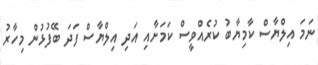
ނަމަ އިލްޔާސް ކާމިޔާބު ކުރެއްވީސް ކަމަށާއި އަދި އިލްޔާސް ފަދަ ބޭފުޅުން މިހާރު